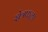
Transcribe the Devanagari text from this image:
क्षेत्रफळा